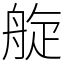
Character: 𦩂